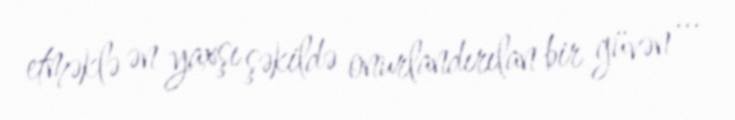
etməklə ən yaxşı şəkildə onurlandırılan bir güvən ...